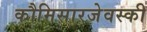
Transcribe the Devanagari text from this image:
कौमिसारजेवस्की